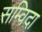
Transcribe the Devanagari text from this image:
सम्विदा